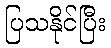
ပြသနိုင်ပြီး